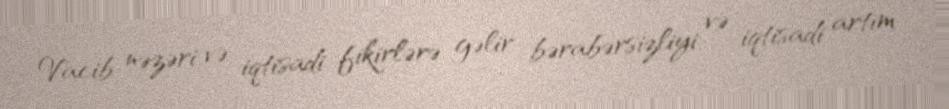
Vacib nəzəri və iqtisadi fikirlərə gəlir bərabərsizliyi və iqtisadi artım